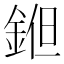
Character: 𨧝